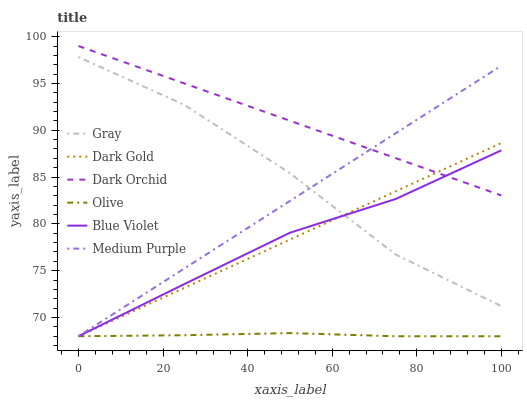
| xaxis_label | Gray | Dark Gold | Dark Orchid | Olive | Blue Violet | Medium Purple |
 | --- | --- | --- | --- | --- | --- | --- |
 | 0 | 97.8 | 68 | 99 | 68 | 68 | 68 |
 | 25 | 92.7 | 73.2 | 95 | 68.1 | 73.6 | 75.2 |
 | 50 | 85.4 | 78.3 | 91 | 68.3 | 79.1 | 82.5 |
 | 75 | 76.7 | 83.5 | 87 | 68 | 82.7 | 89.7 |
 | 100 | 71.2 | 88.6 | 83 | 68 | 87.9 | 96.9 |